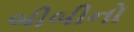
બીબીનો